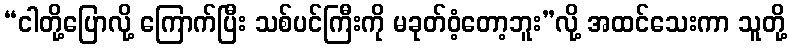
“ငါတို့ပြောလို့ ကြောက်ပြီး သစ်ပင်ကြီးကို မခုတ်ဝံ့တော့ဘူး”လို့ အထင်သေးကာ သူတို့